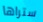
ستراها